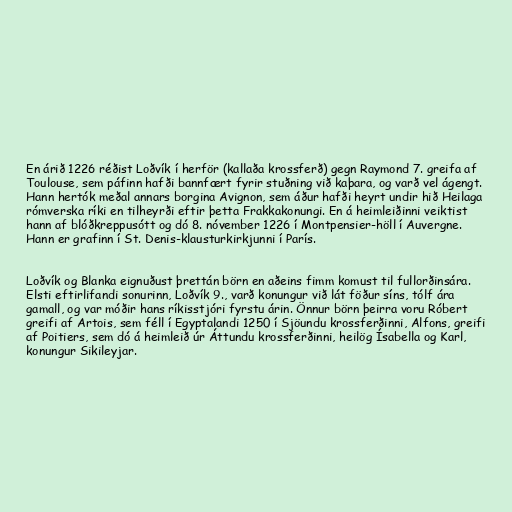
En árið 1226 réðist Loðvík í herför (kallaða krossferð) gegn Raymond 7. greifa af
Toulouse, sem páfinn hafði bannfært fyrir stuðning við kaþara, og varð vel ágengt.
Hann hertók meðal annars borgina Avignon, sem áður hafði heyrt undir hið Heilaga
rómverska ríki en tilheyrði eftir þetta Frakkakonungi. En á heimleiðinni veiktist
hann af blóðkreppusótt og dó 8. nóvember 1226 í Montpensier-höll í Auvergne.
Hann er grafinn í St. Denis-klausturkirkjunni í París.

Loðvík og Blanka eignuðust þrettán börn en aðeins fimm komust til fullorðinsára.
Elsti eftirlifandi sonurinn, Loðvík 9., varð konungur við lát föður síns, tólf ára
gamall, og var móðir hans ríkisstjóri fyrstu árin. Önnur börn þeirra voru Róbert
greifi af Artois, sem féll í Egyptalandi 1250 í Sjöundu krossferðinni, Alfons, greifi
af Poitiers, sem dó á heimleið úr Áttundu krossferðinni, heilög Ísabella og Karl,
konungur Sikileyjar.